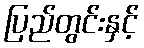
ပြည်တွင်းနှင့်